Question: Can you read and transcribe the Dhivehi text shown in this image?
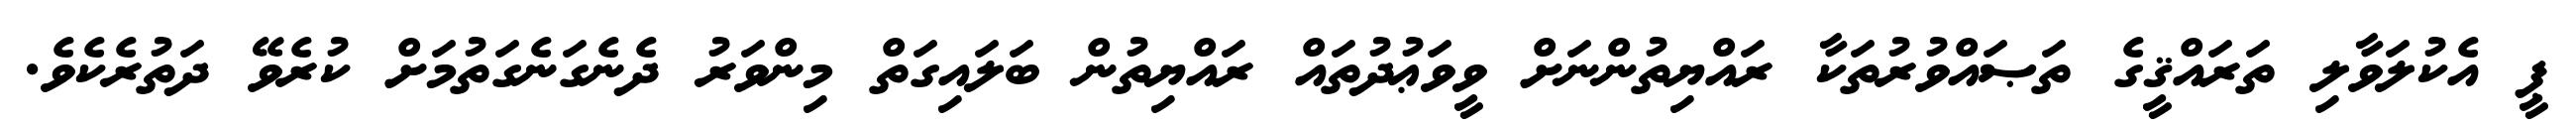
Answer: ޕީ އެކުލަވާލި ތަރައްޤީގެ ތަޞައްވުރުތަކާ ރައްޔިތުންނަށް ވީވަޢުދުތައް ރައްޔިތުން ބަލައިގަތް މިންވަރު ދެނެގަނެގަތުމަށް ކުރެވޭ ދަތުރެކެވެ.